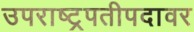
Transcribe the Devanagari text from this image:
उपराष्ट्रपतीपदावर